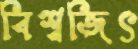
বিশ্বজিৎ